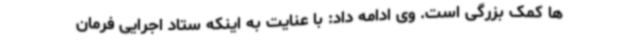
ها کمک بزرگی است. وی ادامه داد: با عنایت به اینکه ستاد اجرایی فرمان